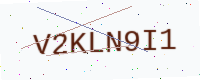
Text: V2KLN9I1